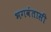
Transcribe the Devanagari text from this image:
भगवंतासी